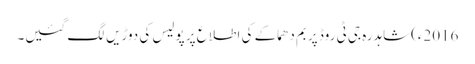
2016ء)شاہدرہ جی ٹی روڈ پر بم دھماکے کی اطلاع پر پولیس کی دوڑیں لگ گئیں۔